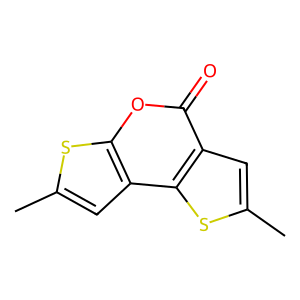
SMILES: Cc1cc2c(oc(=O)c3cc(C)sc32)s1
Inhibits HIV replication: No